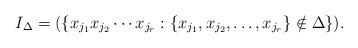
LaTeX: \begin{align*} I_\Delta=(\{x_{j_1}x_{j_2}\cdots x_{j_r}: \{x_{j_1},x_{j_2},\ldots,x_{j_r}\}\notin \Delta\}).\end{align*}